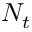
N _ { t }